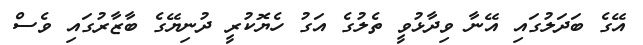
އޭގެ ބަދަލުގައި އޭނާ ވިދާޅުވީ ތެލުގެ އަގު ހެޔޮކުރީ ދުނިޔޭގެ ބާޒާރުގައި ވެސް